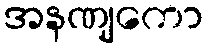
အနဏျကော